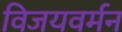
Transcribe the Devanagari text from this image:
विजयवर्मन